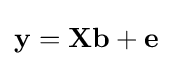
\mathbf {y} =\mathbf {X} \mathbf {b} +\mathbf {e}